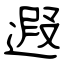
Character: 遐